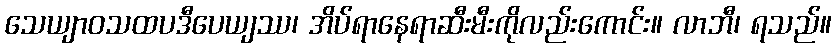
သေယျာဝသထပဒီပေယျဿ၊ အိပ်ရာနေရာဆီးမီးကိုလည်းကောင်း။ လာဘီ၊ ရသည်။